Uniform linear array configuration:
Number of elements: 12
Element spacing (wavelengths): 1
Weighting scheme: hamming
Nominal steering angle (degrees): -60
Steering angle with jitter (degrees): -58.845
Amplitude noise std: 0.05
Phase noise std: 0.05

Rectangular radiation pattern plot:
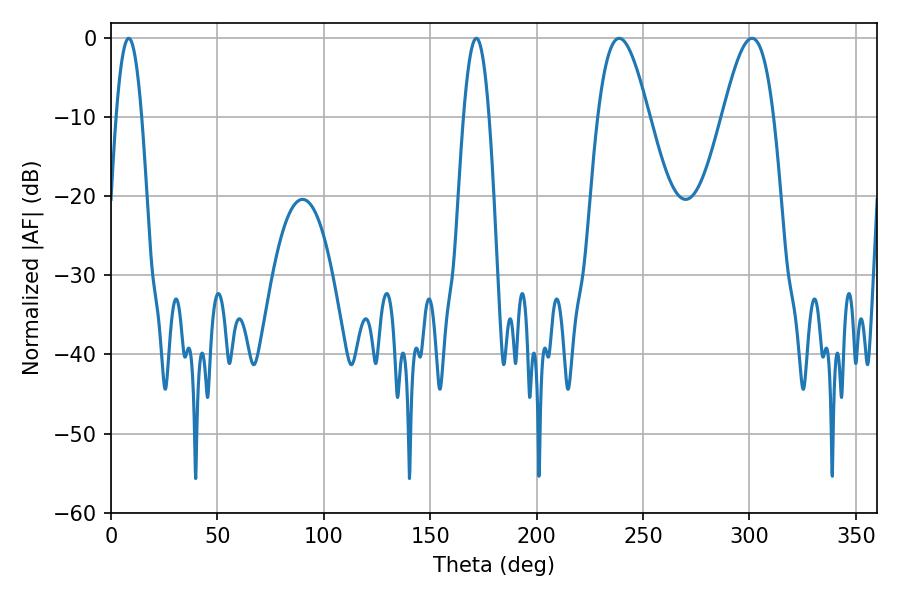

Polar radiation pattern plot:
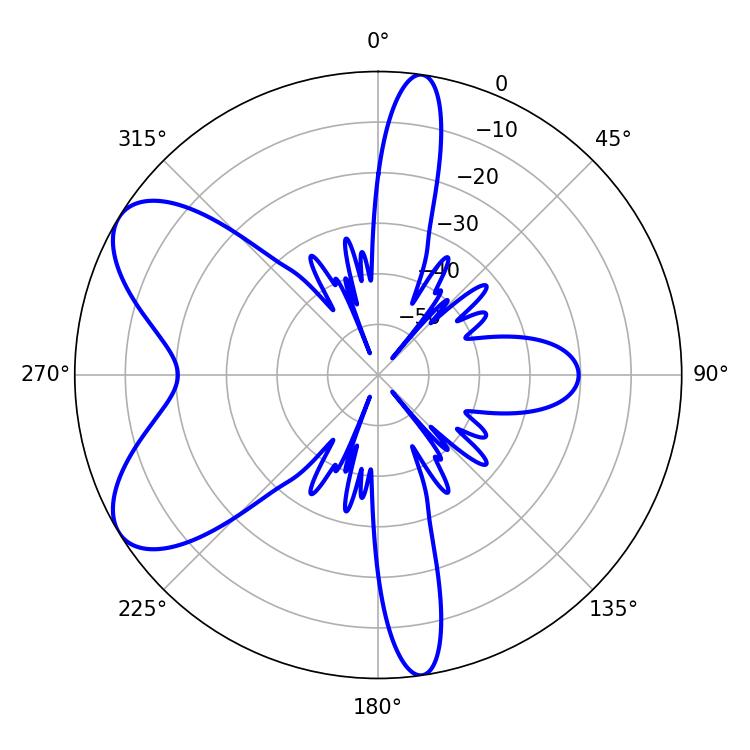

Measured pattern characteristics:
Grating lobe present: TRUE
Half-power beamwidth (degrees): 12.96
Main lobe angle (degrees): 238.86